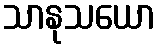
သာနုသယော